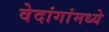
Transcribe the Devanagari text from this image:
वेदांगांमध्ये